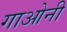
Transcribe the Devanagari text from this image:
गाओनी